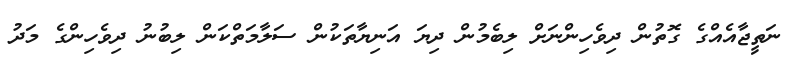
ނަތީޖާއެއްގެ ގޮތުން ދިވެހިންނަށް ލިބެމުން ދިޔަ އަނިޔާތަކުން ސަލާމަތްކަން ލިބުނު ދިވެހިންގެ މަދު